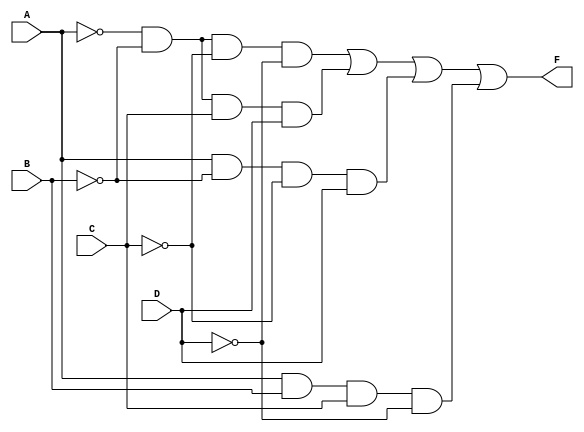
module four_variable_logic (
    input wire A,  // Input variable A
    input wire B,  // Input variable B
    input wire C,  // Input variable C
    input wire D,  // Input variable D
    output wire F  // Output of the logic block
);

// Implementing the logic based on the derived expression
assign F = (~A & ~B & ~C & ~D) |  // m0
           (~A & ~B & C & D) |   // m2
           (A & ~B & ~C & D) |   // m4
           (A & B & C & ~D);      // m14

endmodule